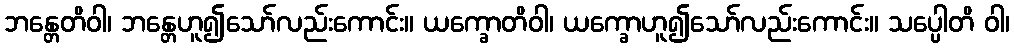
ဘန္တေတိဝါ၊ ဘန္တေဟူ၍သော်လည်းကောင်း။ ယက္ခောတိဝါ၊ ယက္ခောဟူ၍သော်လည်းကောင်း။ သပ္ပေါတိ ဝါ၊